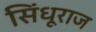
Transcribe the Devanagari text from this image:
सिंधूराज